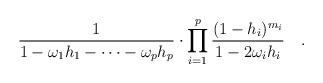
LaTeX: \begin{align*}\frac 1{1-\omega_1 h_1-\cdots -\omega_p h_p}\cdot \prod_{i=1}^p \frac{(1-h_i)^{m_i}}{1-2\omega_i h_i}\quad.\end{align*}